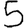
Digit: 5